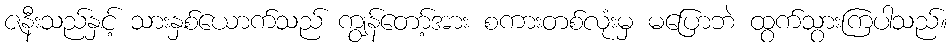
ဇနီးသည်နှင့် သားနှစ်ယောက်သည် ကျွန်တော့်အား စကားတစ်လုံးမှ မပြောဘဲ ထွက်သွားကြပါသည်။